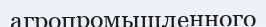
агропромышленного